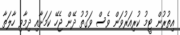
އިތުރުން ޓީމު ކުރިއަރުވަން ވެސް ވަގުތު ދޭން ޖެހޭ ކަމަށާއި ދިމާވި ހާލަތާ